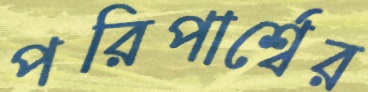
পরিপার্শ্বের